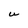
Character: U